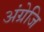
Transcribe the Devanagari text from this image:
अंग्रेजि